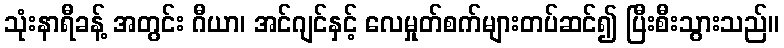
သုံးနာရီခန့် အတွင်း ဂီယာ၊ အင်ဂျင်နှင့် လေမှုတ်စက်များတပ်ဆင်၍ ပြီးစီးသွားသည်။